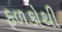
ફળકોથી